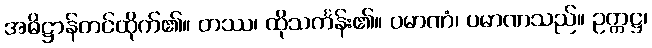
အဓိဋ္ဌာန်တင်ထိုက်၏။ တဿ၊ ထိုသင်္ကန်း၏။ ပမာဏံ၊ ပမာဏသည်။ ဥက္ကဋ္ဌ၊